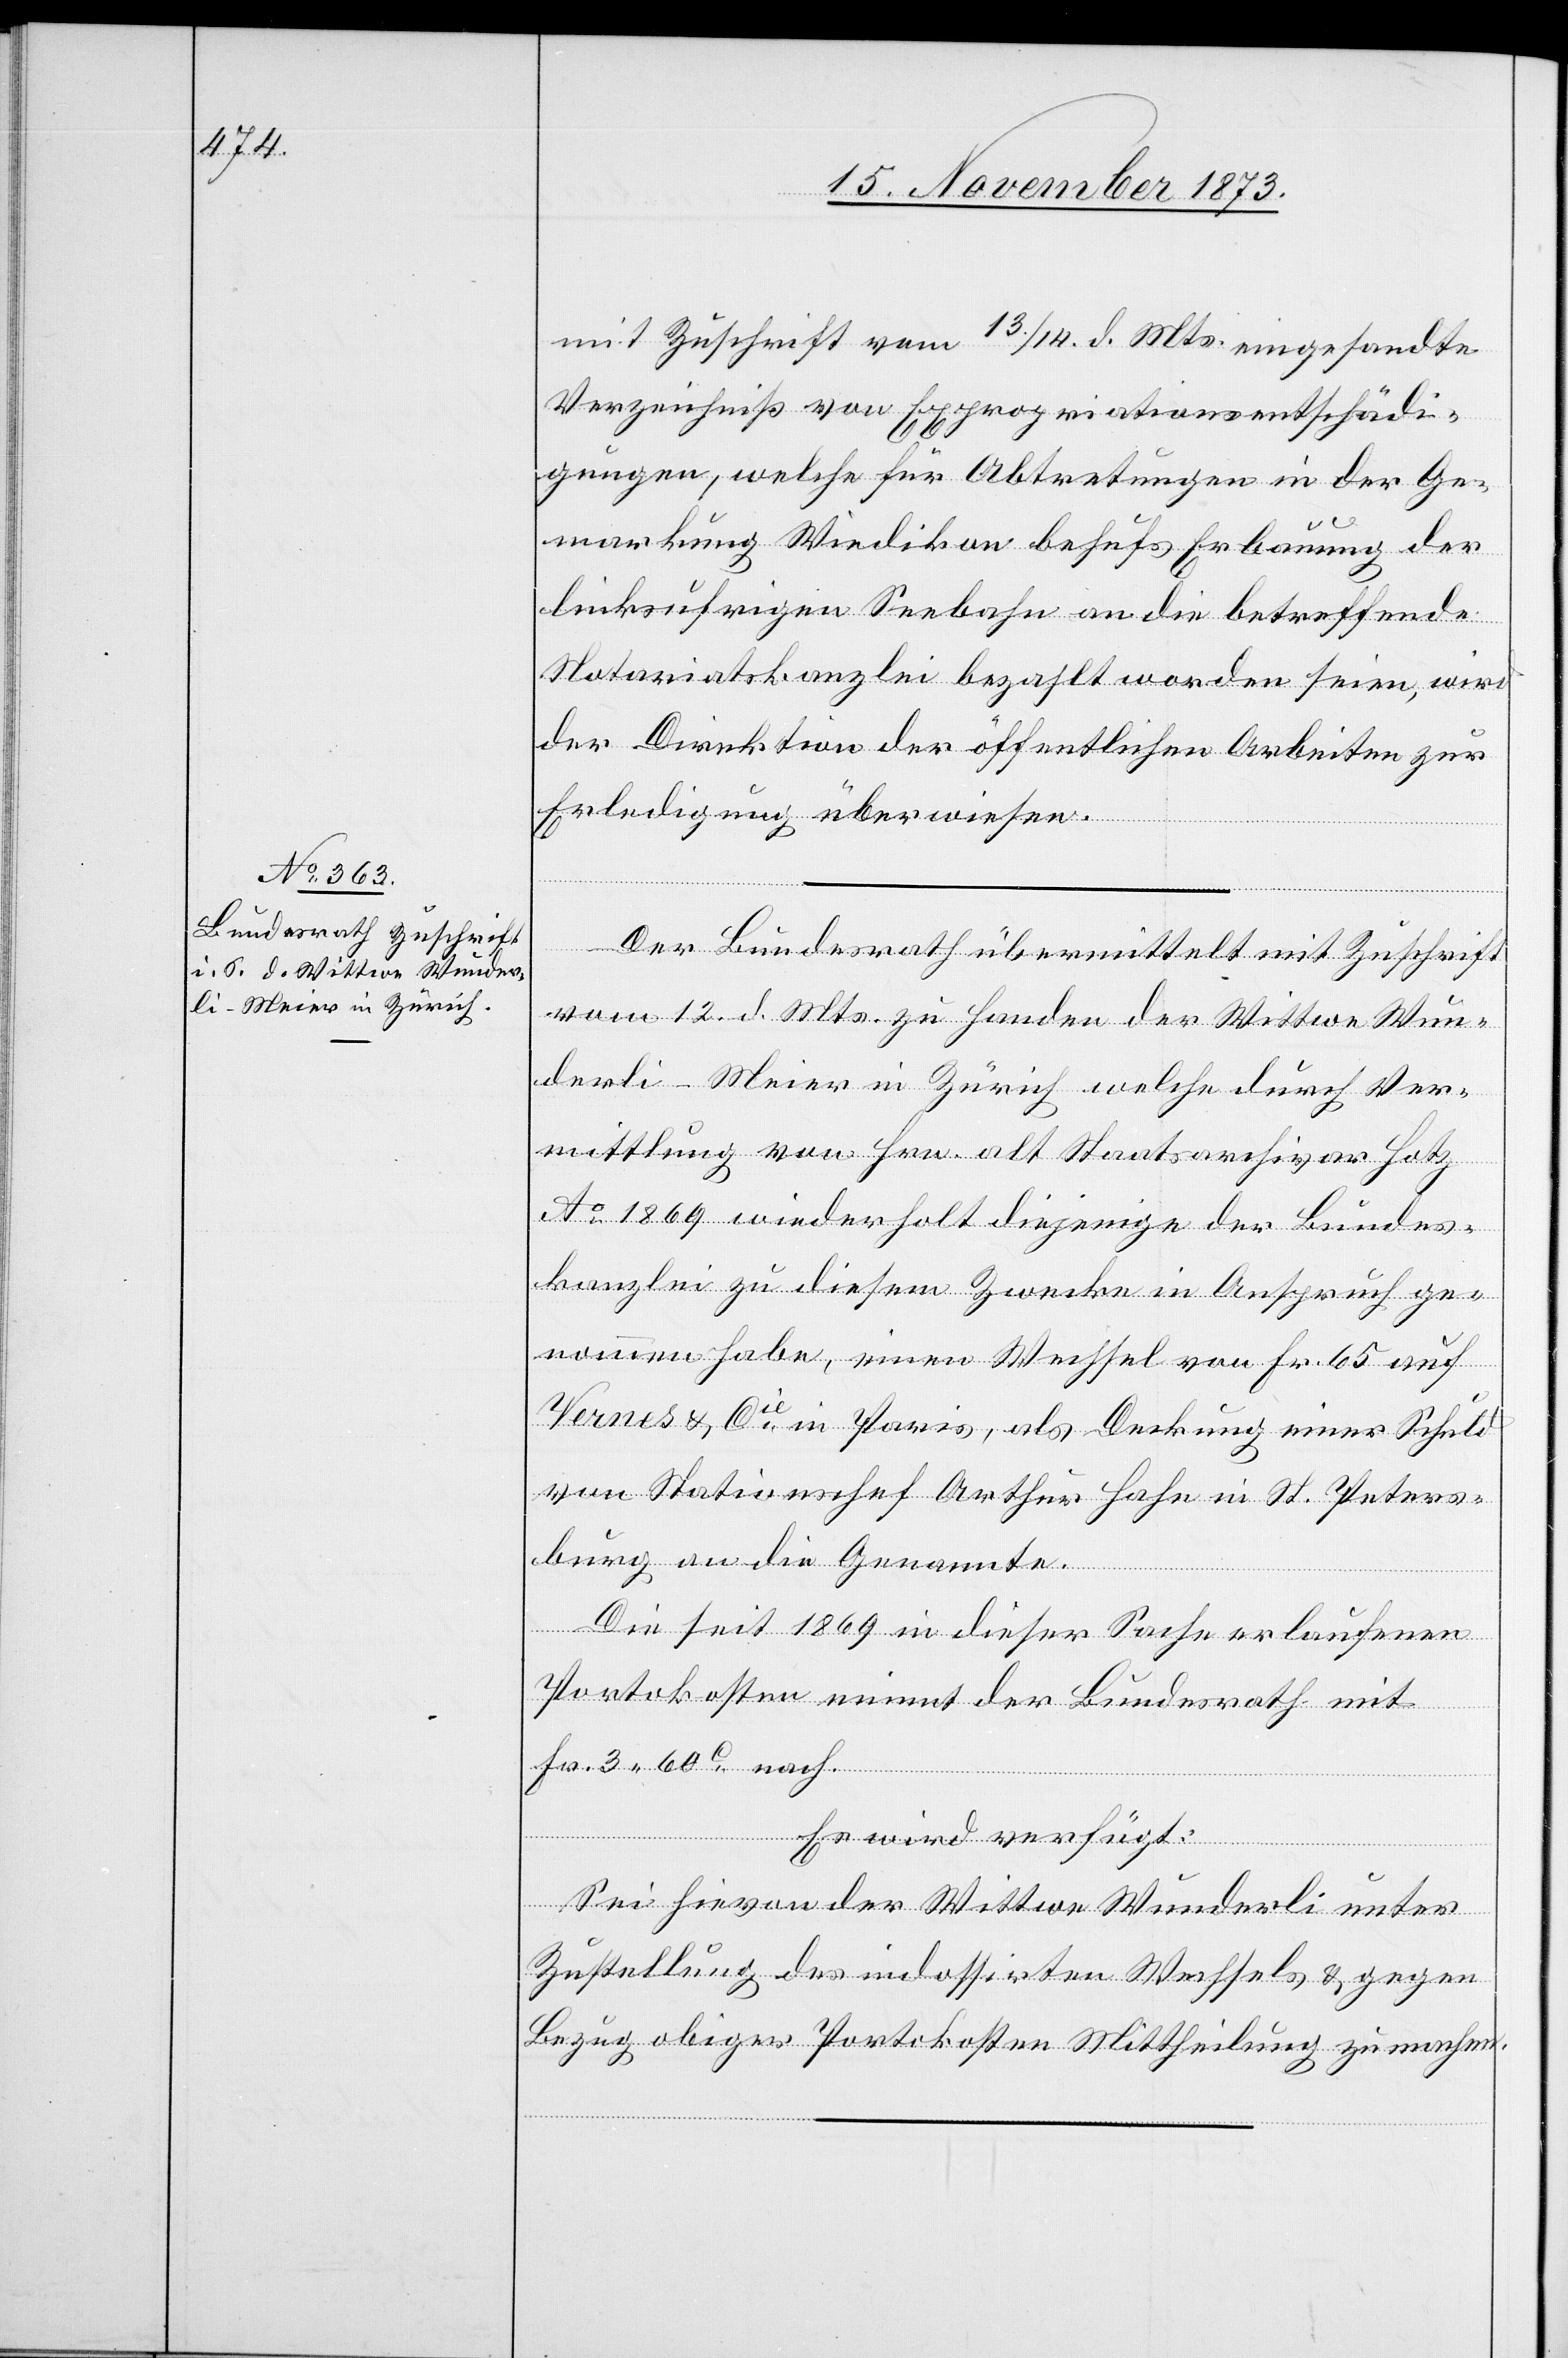
17. November 1873.]
mit Zuschrift vom 13./14. d. Mts. eingesandte
Verzeichniß von Expropriationsentschädi¬
gungen, welche für Abtretungen in der Ge¬
markung Wiedikon behufs Erbauung der
linksufrigen Seebahn an die betreffende
Notariatskanzlei bezahlt worden seien, wird
der Direktion der öffentlichen Arbeiten zur
Erledigung überwiesen.
Der Bundesrath übermittelt mit Zuschrift
vom 12. d. Mts. zu Handen der Wittwe Wun¬
derli-Meier in Zürich welche durch Ver¬
mittlung von Hrn. alt Staatsarchivar Hotz
Ao 1869 wiederholt diejenige der Bundes¬
kanzlei zu diesem Zwecke in Anspruch ge¬
nommen habe, einen Wechsel von Fr. 65 auf
Vernes & Cie in Paris, als Deckung einer Schuld
von Stationschef Arthur Hahn in St. Peters¬
burg an die Genannte.
Die seit 1869 in dieser Sache erlaufenen
Portokosten nimmt der Bundesrath mit
Fr. 3 60c nach.
Es wird verfügt:
Sei hievon der Wittwe Wunderli unter
Zustellung des indossirten Wechsels & gegen
Bezug obiger Portokosten Mittheilung zu machen.